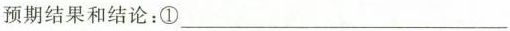
预期结果和结论：①___